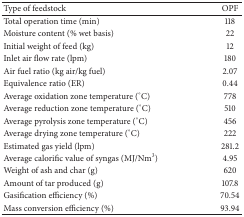
<table><thead><tr><td><b>Type of feedstock</b></td><td><b>OPF</b></td></tr></thead><tbody><tr><td>Total operation time (min)</td><td>118</td></tr><tr><td>Moisture content (% wet basis)</td><td>22</td></tr><tr><td>Initial weight of feed (kg)</td><td>12</td></tr><tr><td>Inlet air flow rate (lpm)</td><td>180</td></tr><tr><td>Air fuel ratio (kg air/kg fuel)</td><td>2.07</td></tr><tr><td>Equivalence ratio (ER)</td><td>0.44</td></tr><tr><td>Average oxidation zone temperature (°C)</td><td>778</td></tr><tr><td>Average reduction zone temperature (°C)</td><td>510</td></tr><tr><td>Average pyrolysis zone temperature (°C)</td><td>456</td></tr><tr><td>Average drying zone temperature (°C)</td><td>222</td></tr><tr><td>Estimated gas yield (lpm)</td><td>281.2</td></tr><tr><td>Average calorific value of syngas (MJ/Nm<sup>3</sup>)</td><td>4.95</td></tr><tr><td>Weight of ash and char (g)</td><td>620</td></tr><tr><td>Amount of tar produced (g)</td><td>107.8</td></tr><tr><td>Gasification efficiency (%)</td><td>70.54</td></tr><tr><td>Mass conversion efficiency (%)</td><td>93.94</td></tr></tbody></table>